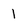
Character: 1